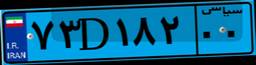
۷۳D۱۸۲۰۰